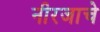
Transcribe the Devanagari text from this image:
नीरजाचे